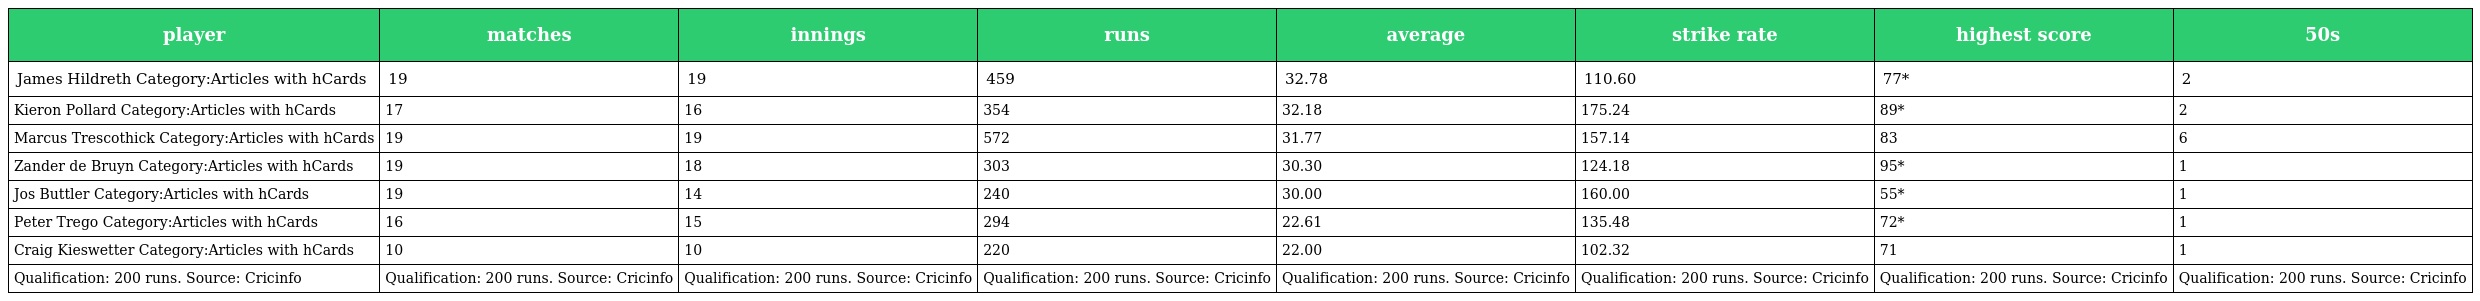
| player | matches | innings | runs | average | strike rate | highest score | 50s |
 | --- | --- | --- | --- | --- | --- | --- | --- |
 | James Hildreth Category:Articles with hCards | 19 | 19 | 459 | 32.78 | 110.60 | 77* | 2 |
 | Kieron Pollard Category:Articles with hCards | 17 | 16 | 354 | 32.18 | 175.24 | 89* | 2 |
 | Marcus Trescothick Category:Articles with hCards | 19 | 19 | 572 | 31.77 | 157.14 | 83 | 6 |
 | Zander de Bruyn Category:Articles with hCards | 19 | 18 | 303 | 30.30 | 124.18 | 95* | 1 |
 | Jos Buttler Category:Articles with hCards | 19 | 14 | 240 | 30.00 | 160.00 | 55* | 1 |
 | Peter Trego Category:Articles with hCards | 16 | 15 | 294 | 22.61 | 135.48 | 72* | 1 |
 | Craig Kieswetter Category:Articles with hCards | 10 | 10 | 220 | 22.00 | 102.32 | 71 | 1 |
 | Qualification: 200 runs. Source: Cricinfo | Qualification: 200 runs. Source: Cricinfo | Qualification: 200 runs. Source: Cricinfo | Qualification: 200 runs. Source: Cricinfo | Qualification: 200 runs. Source: Cricinfo | Qualification: 200 runs. Source: Cricinfo | Qualification: 200 runs. Source: Cricinfo | Qualification: 200 runs. Source: Cricinfo |